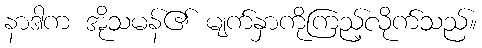
နာဒါက အိုသမန်၏ မျက်နှာကိုကြည့်လိုက်သည်။